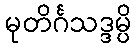
မုတိင်္ဂသဒ္ဒမ္ပိ